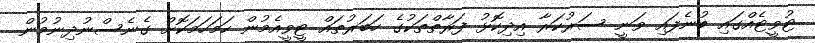
ޓުވީޓެއްގައި ބުނެފައި ވަނީ ސަރުކަރާ އިދިކޮޅު ފަރާތްތަކުގެ ހަބަރުތައް ޓީވީއެމުން ހަމަހަމަކޮށް ގެނެސްނުދިނުމުން